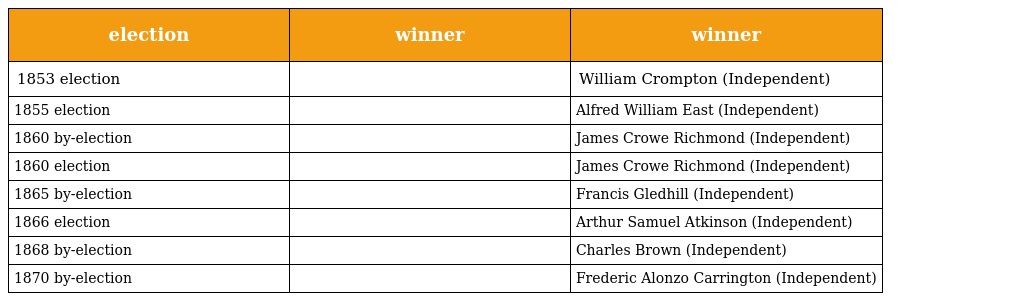
| election | winner | winner |
 | --- | --- | --- |
 | 1853 election |  | William Crompton (Independent) |
 | 1855 election |  | Alfred William East (Independent) |
 | 1860 by-election |  | James Crowe Richmond (Independent) |
 | 1860 election |  | James Crowe Richmond (Independent) |
 | 1865 by-election |  | Francis Gledhill (Independent) |
 | 1866 election |  | Arthur Samuel Atkinson (Independent) |
 | 1868 by-election |  | Charles Brown (Independent) |
 | 1870 by-election |  | Frederic Alonzo Carrington (Independent) |